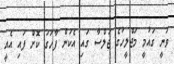
ވަނީ ގައުމީ މަޖްލީހުގެ ޖަލްސާ ގައި އެކަން ފާހަގަ ކޮށް ފައި އެއީ